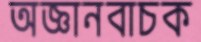
অজ্ঞানবাচক